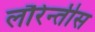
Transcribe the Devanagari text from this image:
लौरेन्तीस